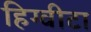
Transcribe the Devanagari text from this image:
हिग्वीटा